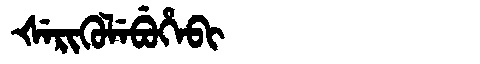
Manchu: ᡧᡝᡵᡳᡴᡠᠯᡝᠪᡠᡥᡝᠪᡳ
Romanization: ŠERIKULEBUHEBI